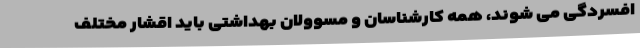
افسردگی می شوند، همه کارشناسان و مسوولان بهداشتی باید اقشار مختلف